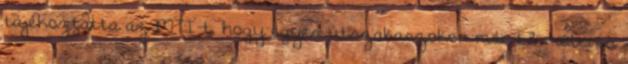
tájékoztatta az MTI-t, hogy egyes útszakaszokon már 1-2 méteres